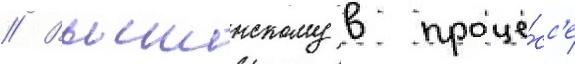
// Вышинскому в проце́сс'е